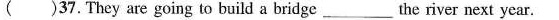
()37.They are going to build a bridge ___ the river next year.